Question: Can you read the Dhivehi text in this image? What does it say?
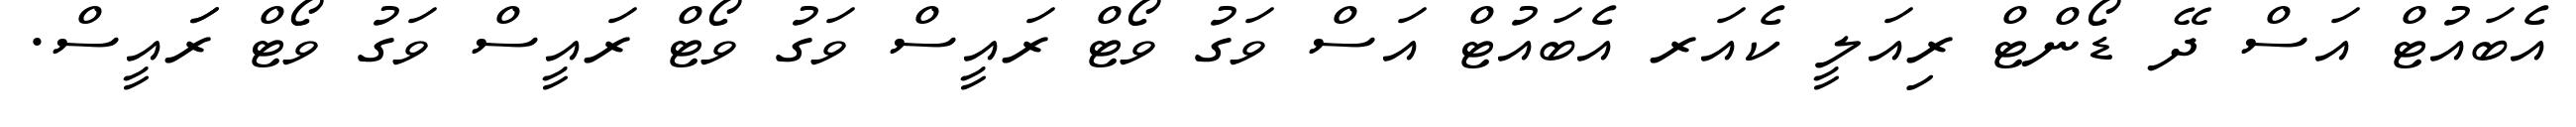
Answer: އެބައުޓް އަސް ދޭ ޑޯންޓް ރިއަލީ ކެއަރ އެބައުޓް އަސް ވަގު ވޯޓް ރައީސް ވަގު ވޯޓް ރައީސް ވަގު ވޯޓް ރަައީސް.